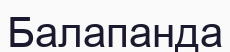
Балапанда